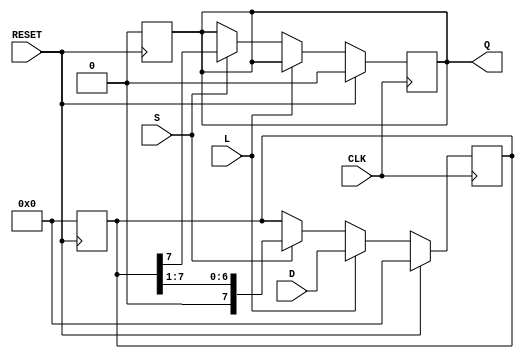
module PISO_Register #(
    parameter n = 8 // Parameter for the width of the register
) (
    input wire [n-1:0] D,      // Parallel data input
    input wire L,              // Load control signal
    input wire S,              // Shift control signal
    input wire CLK,            // Clock signal
    input wire RESET,          // Asynchronous reset signal
    output reg Q               // Serial output
);

    reg [n-1:0] shift_reg;     // Shift register storage

    // Asynchronous reset to initialize the register
    always @(posedge RESET) begin
        shift_reg <= {n{1'b0}};
        Q <= 1'b0; // Ensure Q is also reset
    end

    // Load or shift operation based on control signals
    always @(posedge CLK) begin
        if (RESET) begin
            shift_reg <= {n{1'b0}}; // Clear on reset
            Q <= 1'b0; // Clear output on reset
        end else if (L) begin
            // Load data into the shift register
            shift_reg <= D;
        end else if (S) begin
            // Shift data out serially
            Q <= shift_reg[n-1]; // Output the MSB
            shift_reg <= {1'b0, shift_reg[n-1:1]}; // Shift left
        end
    end
endmodule